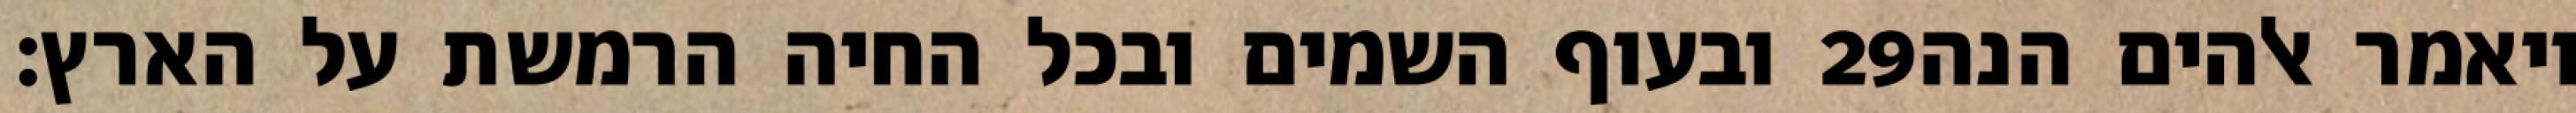
ובעוף השמים ובכל החיה הרמשת על הארץ׃ ‎29‏ ויאמר אלהים הנה